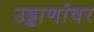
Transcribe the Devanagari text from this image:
उड्डाणांवर